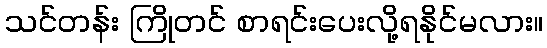
သင်တန်း ကြိုတင် စာရင်းပေးလို့ရနိုင်မလား။